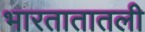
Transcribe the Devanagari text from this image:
भारतातातली